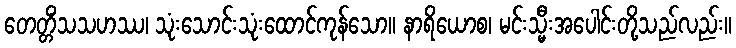
တေတ္တိံသသဟဿ၊ သုံးသောင်းသုံးထောင်ကုန်သော။ နာရိယောစ၊ မင်းသ္မီးအပေါင်းတို့သည်လည်း။